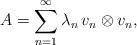
LaTeX: \begin{align*} A = \sum_{n=1}^\infty \lambda_n \, v_n \otimes v_n,\end{align*}